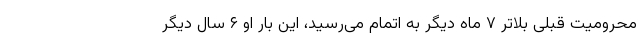
محرومیت قبلی بلاتر ۷ ماه دیگر به اتمام می‌رسید، این بار او ۶ سال دیگر